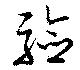
驗